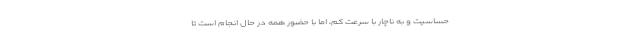
حساسیت و به ناچار با سرعت کم، اما با حضور همه در حال انجام است تا